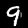
Label: 9